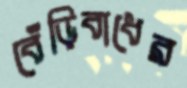
বেঁড়িবাধের